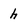
Character: h